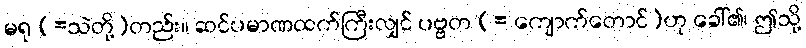
မရု (=သဲတို့)တည်း။ ဆင်ပမာဏထက်ကြီးလျှင် ပဗ္ဗတ (= ကျောက်တောင်)ဟု ခေါ်၏၊ ဤသို့